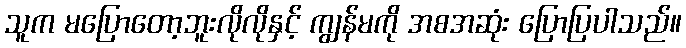
သူက မပြောတော့ဘူးလိုလိုနှင့် ကျွန်မကို အစအဆုံး ပြောပြပါသည်။